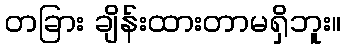
တခြား ချိန်းထားတာမရှိဘူး။